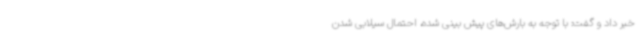
خبر داد و گفت: با توجه به بارش‌های پیش بینی شده، احتمال سیلابی شدن